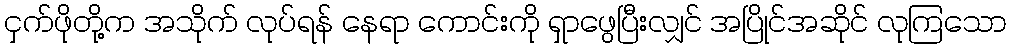
ငှက်ဖိုတို့က အသိုက် လုပ်ရန် နေရာ ကောင်းကို ရှာဖွေပြီးလျှင် အပြိုင်အဆိုင် လုကြသော